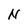
Character: N